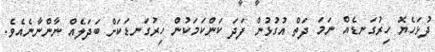
ދުޅަހެޔޮ ހިރުގަނޑެއް ނަމަ ދަތް އުގުޅުން ފަދަ ކަންކަމަކުން ހިރުގަނޑަކަށް ބަދަލެއް ނާންނާނެއެވެ.